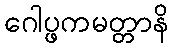
ဂေါပ္ဖကမတ္တာနိ